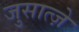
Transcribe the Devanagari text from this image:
जुसात्ज़े